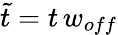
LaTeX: \tilde{t}=t\, w_{off}